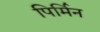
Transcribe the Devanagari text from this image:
पिर्मिन